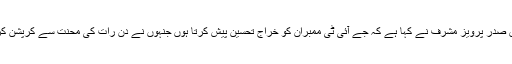
اتوار کے روز نجی تقریب سے خطاب کرتے ہوئے سابق صدر پرویز مشرف نے کہا ہے کہ جے آئی ٹی ممبران کو خراج تحسین پیش کرتا ہوں جنہوں نے دن رات کی محنت سے کرپشن کرنے والے اور ملکی خزانہ لوٹنے والوں کو بے نقاب کیا۔